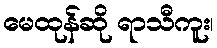
မေထုန်ဆို ရာသီကူး၊